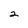
Character: 2